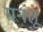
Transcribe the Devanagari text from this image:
पनंतू